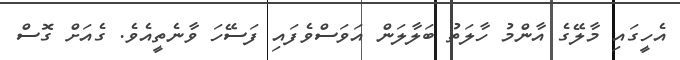
އެހީގައި މާލޭގެ އާންމު ހާލަތު ބަލާލަން އަވަސްވެފައި ފަސޭހަ ވާނެތީއެވެ. ގެއަށް ގޮސް